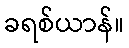
ခရစ်ယာန်။